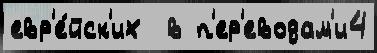
евр'е́йск'их  в п'ер'еводам'и4